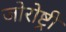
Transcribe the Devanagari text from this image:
जोरोष्ट्री